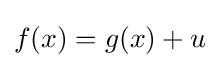
f(x)=g(x)+u